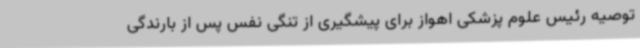
توصیه رئیس علوم پزشکی اهواز برای پیشگیری از تنگی نفس پس از بارندگی